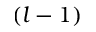
( l - 1 )